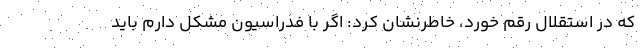
که در استقلال رقم خورد، خاطرنشان کرد: اگر با فدراسیون مشکل دارم باید